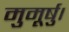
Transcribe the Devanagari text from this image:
मुमूर्षु।